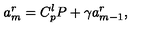
a _ { m } ^ { r } = C _ { p } ^ { l } P + \gamma a _ { m - 1 } ^ { r } ,